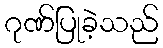
ဂုဏ်ပြုခဲ့သည်